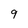
Character: 9